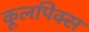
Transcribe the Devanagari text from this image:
कूलपिक्स